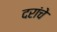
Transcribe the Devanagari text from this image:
दरांचे